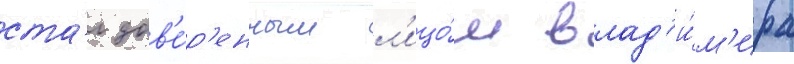
ста́л дов'е́р'енным л'ицо́м влад'и́м'ира